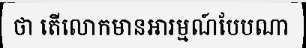
ថា តើលោកមានអារម្មណ៍បែបណា